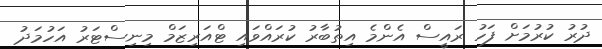
ދުރު ކުރުމަށް ފަހު ރައީސް އެންމެ އިތުބާރު ކުރައްވައި ޓްއަރިޒަމް މިނިސްޓަރު އަހުމަދު